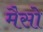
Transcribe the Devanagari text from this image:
मैसो